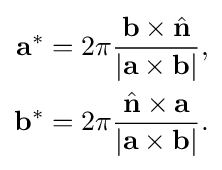
{\begin{aligned}\mathbf {a} ^{*}&=2\pi {\frac {\mathbf {b} \times {\hat {\mathbf {n} }}}{|\mathbf {a} \times \mathbf {b} |}},\\\mathbf {b} ^{*}&=2\pi {\frac {{\hat {\mathbf {n} }}\times \mathbf {a} }{|\mathbf {a} \times \mathbf {b} |}}.\end{aligned}}